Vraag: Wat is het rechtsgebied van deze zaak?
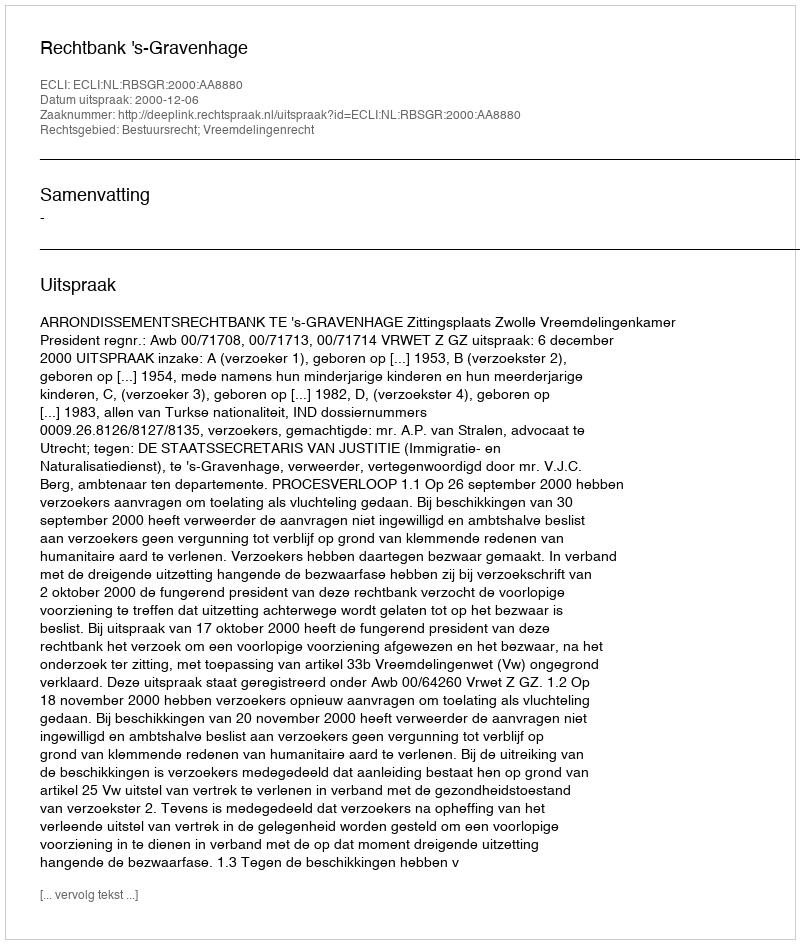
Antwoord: Bestuursrecht; Vreemdelingenrecht